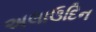
અલાઉદિન